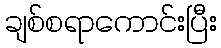
ချစ်စရာကောင်းပြီး